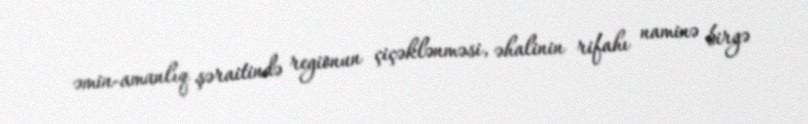
əmin-amanlıq şəraitində regionun çiçəklənməsi, əhalinin rifahı naminə birgə